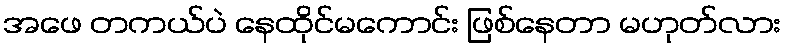
အဖေ တကယ်ပဲ နေထိုင်မကောင်း ဖြစ်နေတာ မဟုတ်လား